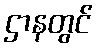
ဌာနတွင်